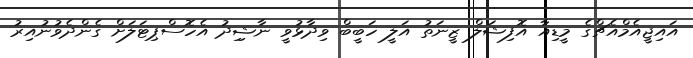
އައިޖީއެމްއެޗްގެ މީީޑިއާ އޮފިޝަލް ޒީނަތު އަލީ ހަބީބް ވިދާޅުވީ ނާޝިިދު އެހޮސްޕިޓަލަށް ގެންދެވުނުއިރު